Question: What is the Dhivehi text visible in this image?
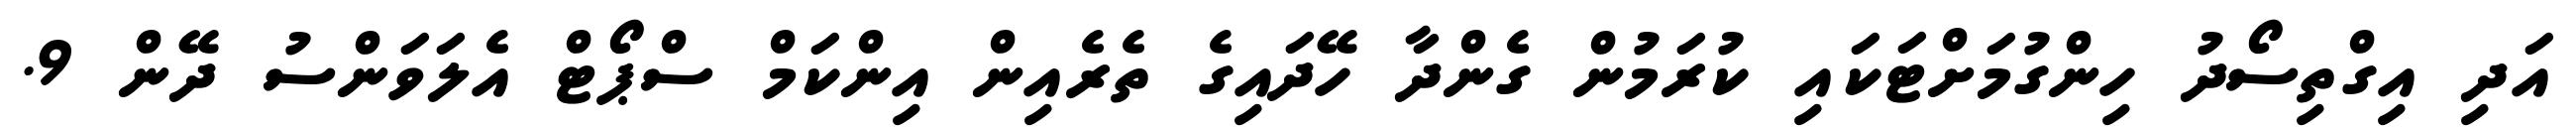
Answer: އަދި އިގްތިސޯދު ހިންގުމަށްޓަކައި ކުރަމުން ގެންދާ ހޭދައިގެ ތެރެއިން އިންކަމް ސްޕޯޓް އެލަވަންސު ދޭން 9.